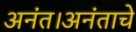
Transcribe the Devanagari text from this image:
अनंत।अनंताचे